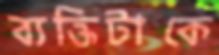
ব্যক্তিটাকে